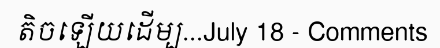
តិចឡើយដើម្ប...July 18 - Comments